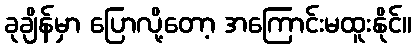
ခုချိန်မှာ ပြောလို့တော့ အကြောင်းမထူးနိုင်။